Rangoon Lunatic Asylum 1878-1892 - 1878-1892
Year: 1878
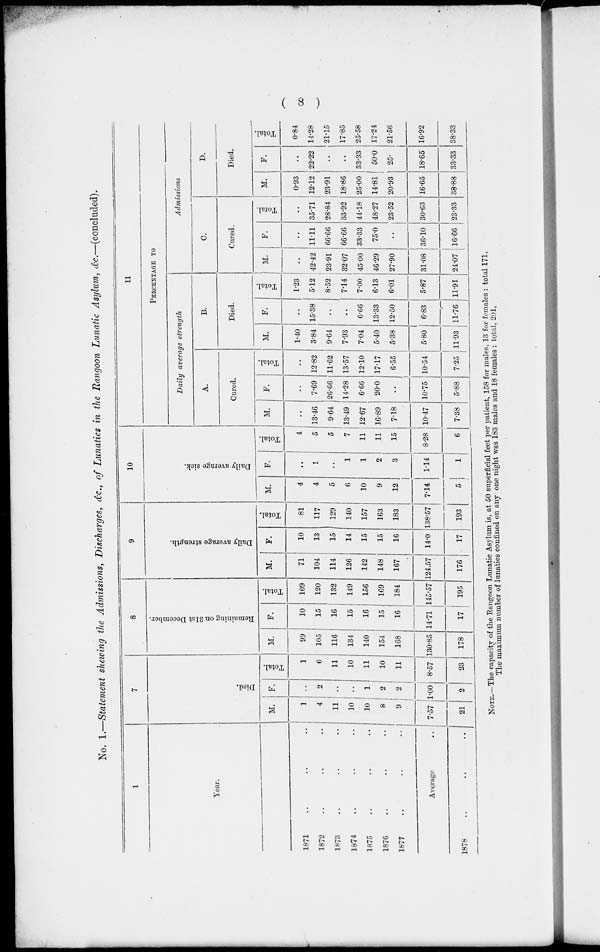
( 8 )
No. 1.—Statement shewing the Admissions, Discharges, etc., of Lunatics in the Rangoon Lunatic Asylum, &c.—(concluded).
1
Year.
1871 .. .. ..
1872 .. .. ..
1873 .. .. ..
1874 .. .. ..
1875 .. .. ..
1876 .. .. ..
1877 .. .. ..
Average ..
1878 .. .. ..
7
Died.
M.
1
4
11
10
10
8
9
7.57
21
F.
..
2
..
..
1
2
2
1.00
2
Total.
1
6
11
10
11
10
11
8.57
23
8
Remaining on 31st December.
M.
99
105
116
134
140
154
168
130.85
178
F.
10
15
16
15
16
15
16
14.71
17
Total.
109
120
132
149
156
169
184
145.57
195
9
Daily average strength.
M.
71
104
114
126
142
148
167
124.57
176
F.
10
13
15
14
15
15
16
14.0
17
Total.
81
117
129
140
157
163
183
138.57
193
10
Daily average sick.
M.
4
4
5
6
10
9
12
7.14
5
F.
..
1
..
1
1
2
3
1.14
1
Total.
4
5
5
7
11
11
15
8.28
6
11
PERCENTAGE TO
Daily average strength
A.
Cured.
M.
..
13.46
9.64
13.49
12.67
16.89
7.18
10.47
7.38
F.
..
7.69
26.66
14.28
6.66
20.0
..
10.75
5.88
Total.
..
12.82
11.62
13.57
12.10
17.17
6.55
10.54
7.25
B.
Died.
M.
1.40
3.84
9.64
7.93
7.04
5.40
5.38
5.80
11.93
F.
..
15.38
..
..
6.66
13.33
12.50
6.83
11.76
Total.
1.23
5.12
8.52
7.14
7.00
6.13
6.01
5.87
11.91
Admissions
C.
Cured.
M.
..
42.42
23.91
32.07
45.00
46.29
27.90
31.08
24.07
F.
..
11.11
66.66
66.66
33.33
75.0
..
36.10
16.66
Total.
..
35.71
28.84
33.92
44.18
48.27
23.52
30.63
23.33
D.
Died.
M.
0.93
12.12
23.91
18.86
25.00
14.81
20.93
16.65
38.88
F.
..
22.22
..
..
33.33
50.0
25.
18.65
33.33
Total.
0.84
14.28
21.15
17.85
25.58
17.24
21.56
16.92
38.33
NOTE.—The capacity of the Rangoon Lunatic Asylum is, at 50 superficial feet per patient, 158 for males, 13 for females : total 171.
The maximum number of lunatics confined on any one night was 183 males and 18 females : total, 201,